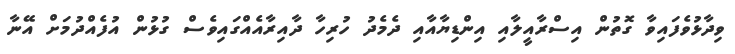
ވިދާޅުވެފައިވާ ގޮތުން އިސްރާއީލާއި އިންޑިޔާއާއި ދެމެދު ހުރިހާ ދާއިރާއެއްގައިވެސް ގުޅުން އުފެއްދުމަށް އޭނާ